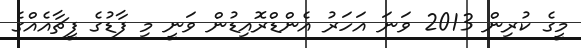
މީގެ ކުރިން 2013 ވަނަ އަހަރު އެންޑްރޮއިޑުން ވަނީ މި ފާޑުގެ ފީޗާއެއްގެ